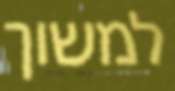
למשוך